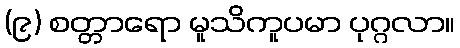
(၉) စတ္တာရော မူသိကူပမာ ပုဂ္ဂလာ။